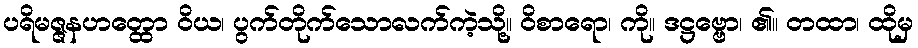
ပရိမဇ္ဇနဟတ္ထော ဝိယ၊ ပွက်တိုက်သောလက်ကဲ့သို့။ ဝိစာရော၊ ကို။ ဒဋ္ဌဗ္ဗော၊ ၏။ တထာ၊ ထိုမှ